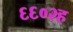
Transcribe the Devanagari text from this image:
६६०२ह